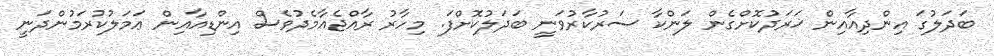
ބަދަލުގަ އިންދިއާއިން ޚަރަދުކޮށްގެން ލަންކާ ސަރުކާރުވަނީ ބަދަލުކޮށްފަ. މިހާރު ރާއްޖެއާމެދުވެސް އިންޑިއާއިން ޢަމަލުކުރަމުންދަނީ